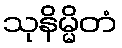
သုနိမ္မိတံ